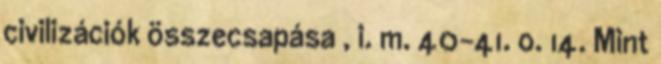
civilizációk összecsapása , i. m. 40–41. o. 14. Mint